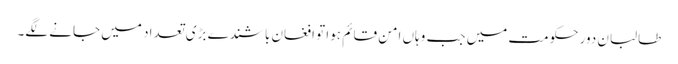
طالبان دورِ حکومت میں جب وہاں امن قائم ہوا تو افغان باشندے بڑی تعداد میں جانے لگے۔